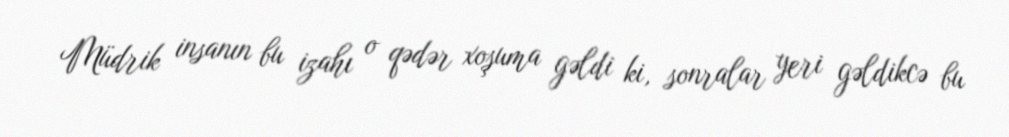
Müdrik insanın bu izahı o qədər xoşuma gəldi ki, sonralar yeri gəldikcə bu